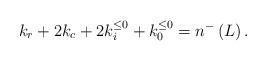
LaTeX: \begin{align*}k_{r}+2k_{c}+2k_{i}^{\leq0}+k_{0}^{\leq0}=n^{-}\left( L\right) .\end{align*}